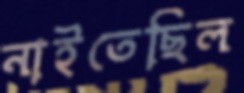
নাইতেছিল